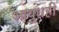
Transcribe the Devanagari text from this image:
आयुधही